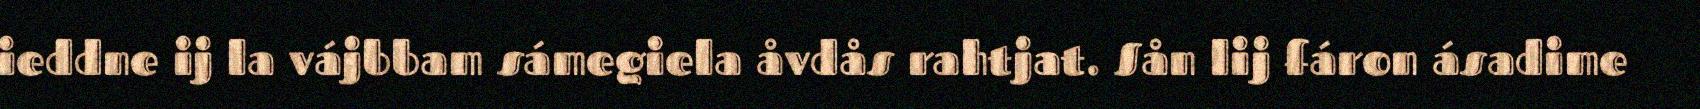
ieddne ij la vájbbam sámegiela åvdås rahtjat. Sån lij fáron ásadime